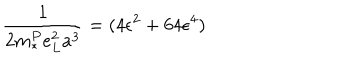
\frac { 1 } { 2 m _ { * } ^ { P } e _ { L } ^ { 2 } a ^ { 3 } } = ( 4 \epsilon ^ { 2 } + 6 4 \epsilon ^ { 4 } )